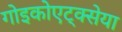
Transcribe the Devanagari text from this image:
गोइकोएट्क्सेया